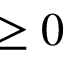
\geq 0